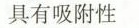
具有吸附性